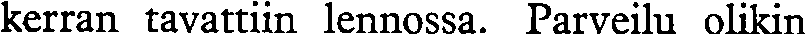
kerran tavattiin lennossa. Parveilu olikin